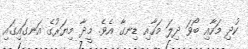
ކުދި މަހާއި ބޯވަ ދިލަ މަހާއި ޑިނގާ އެވެ. މީދާ މިޔަރުގެ އަނގައިގައި